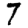
Digit: 7